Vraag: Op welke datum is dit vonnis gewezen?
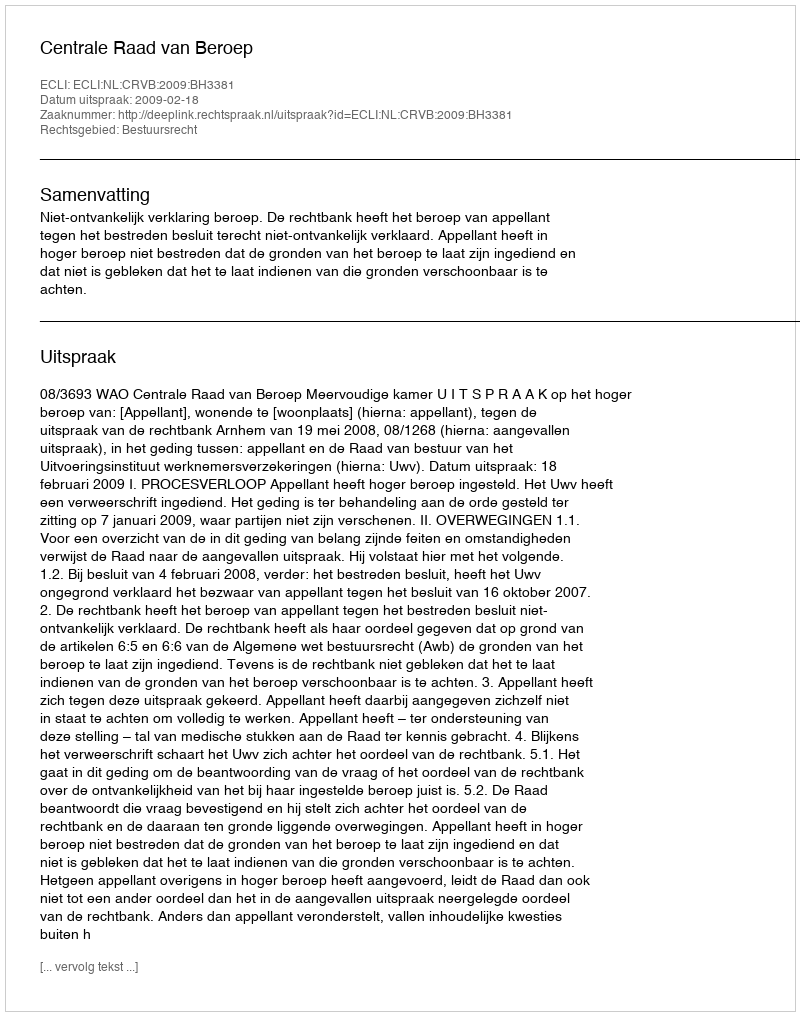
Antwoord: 2009-02-18